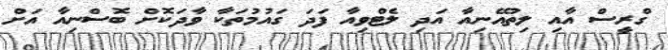
ގްރީސް އާއި ލިތުއޭނިއާ އަދި ލެޓްވިއާ ފަދަ ގައުމުތަކާ ވާދަކޮށް ބޮސްނިއާ އަށް